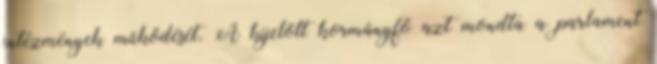
intézmények működését. A kijelölt kormányfő azt mondta a parlament